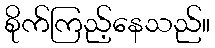
စိုက်ကြည့်နေသည်။